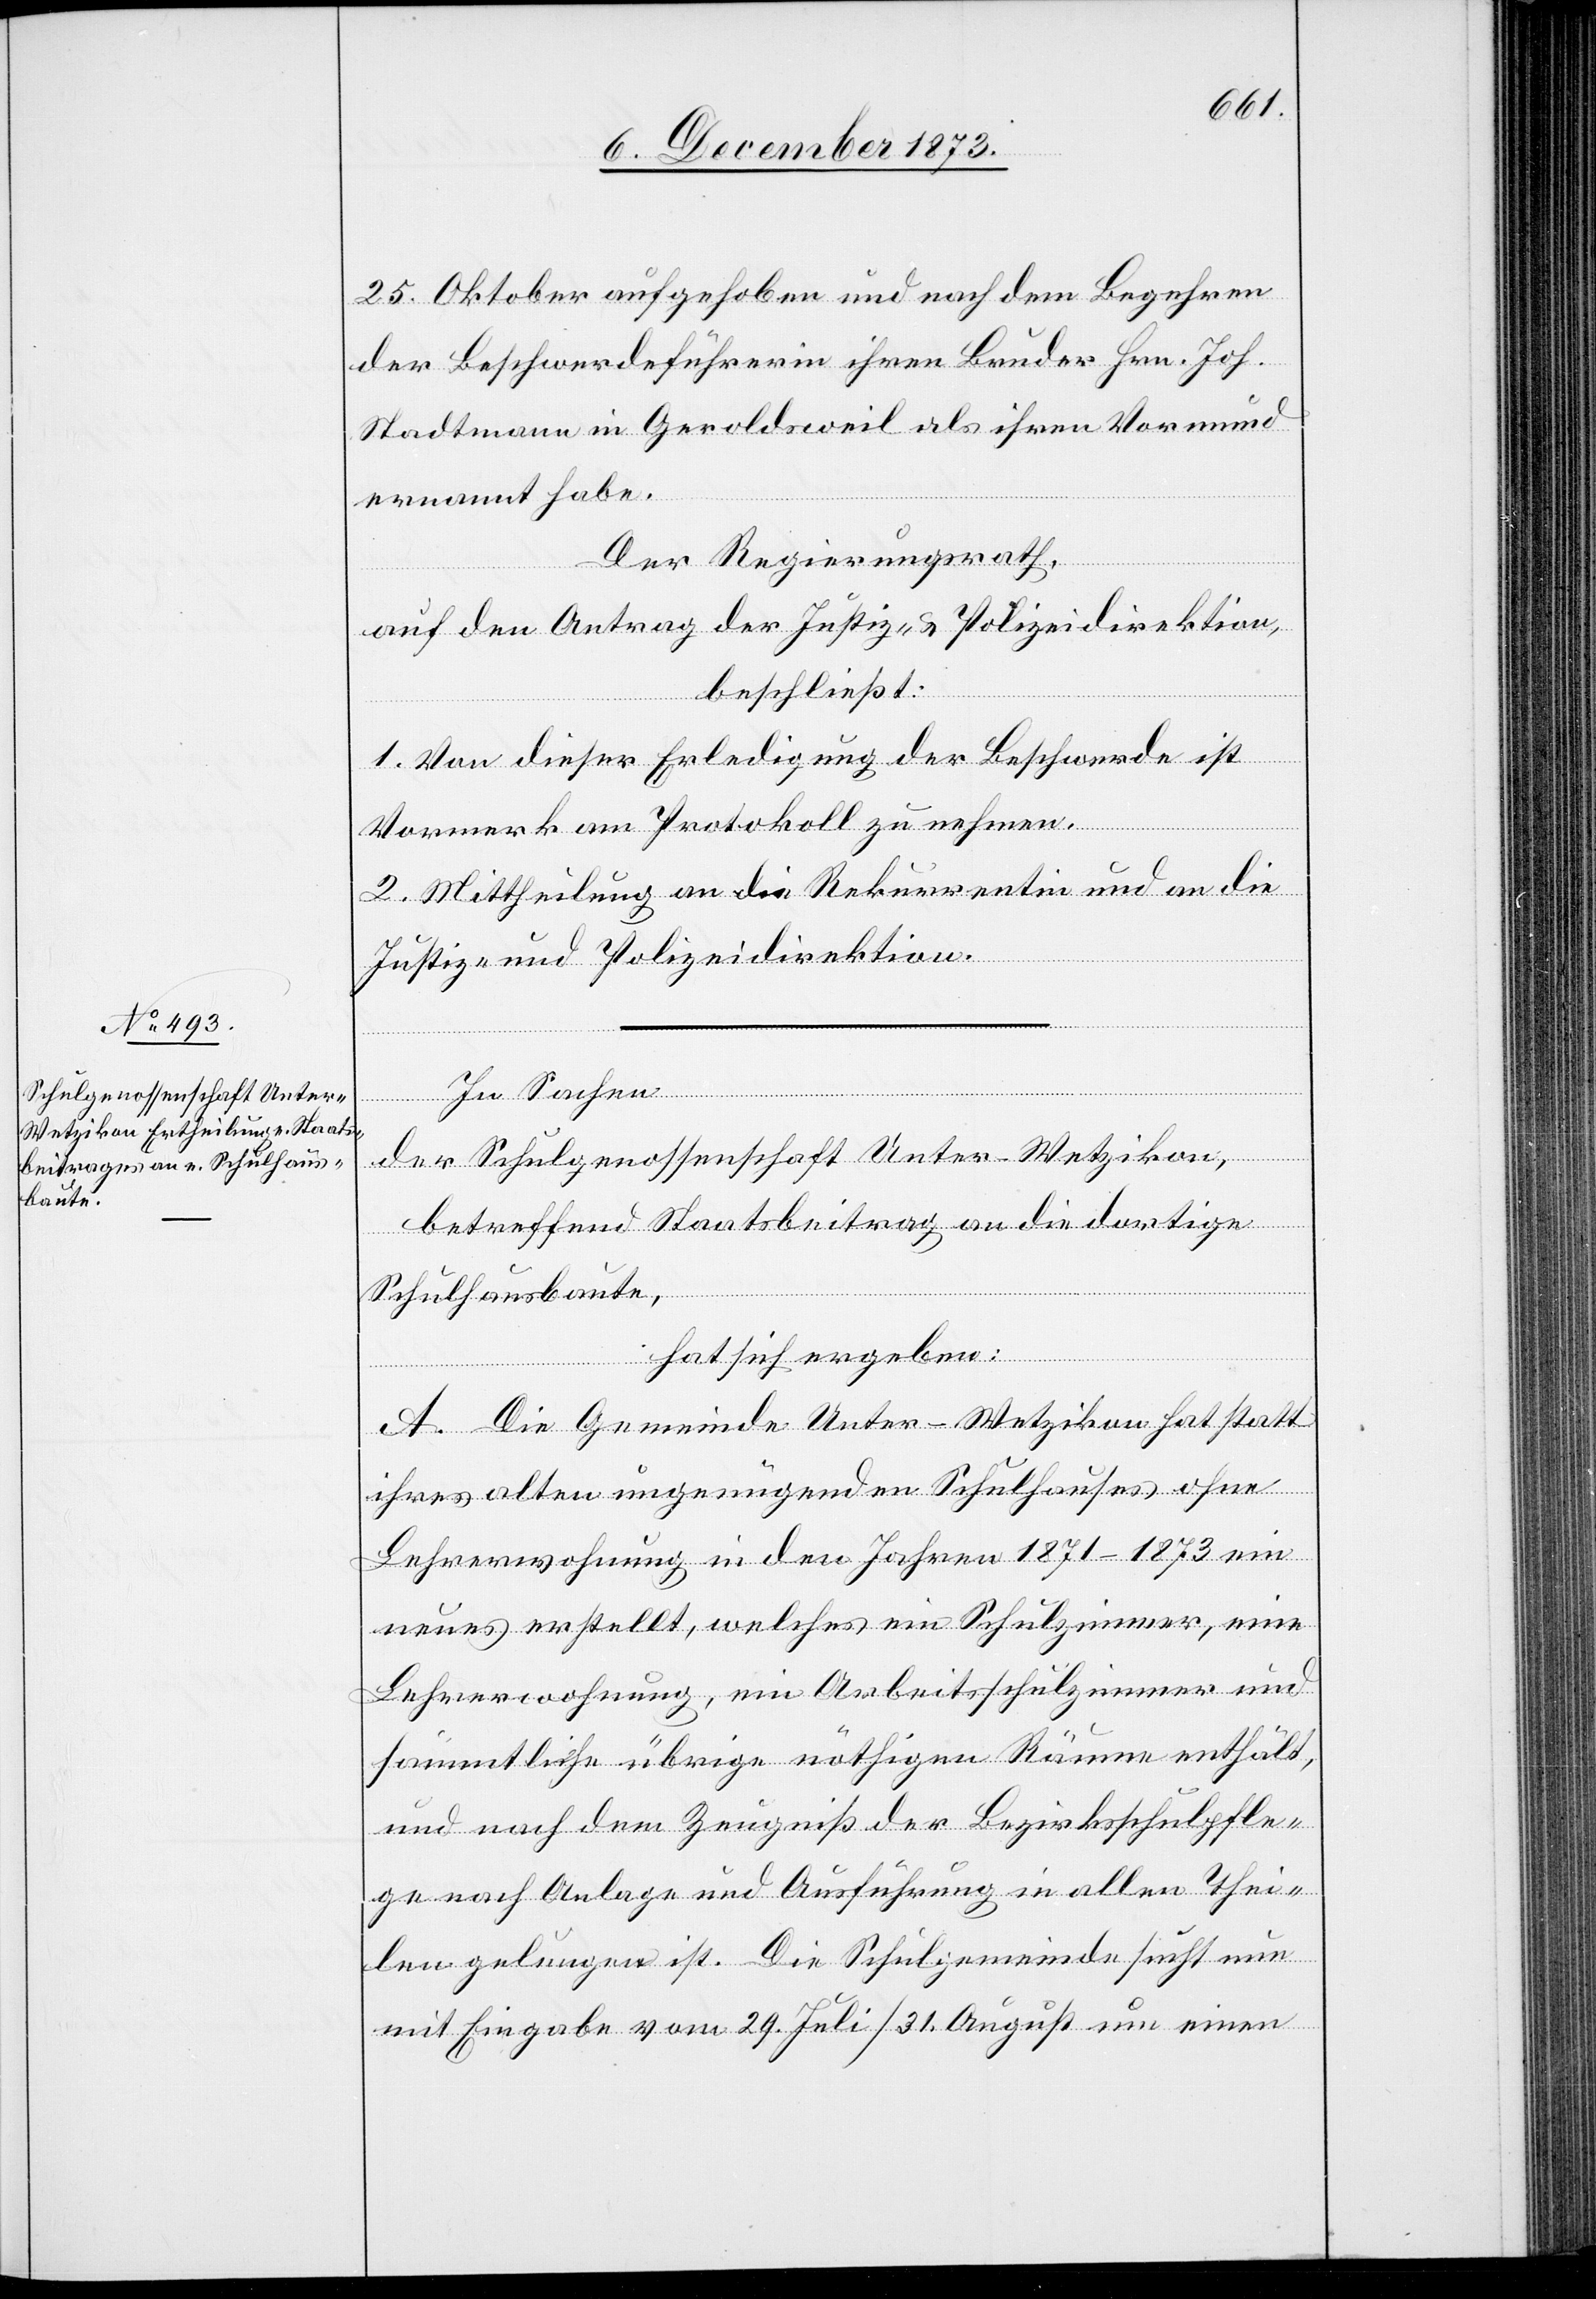
25. Oktober aufgehoben und nach dem Begehren
der Beschwerdeführerin ihren Bruder Hrn. Joh.
Stadtmann in Geroldsweil als ihren Vormund
ernannt habe.
Der Regierungsrath,
auf den Antrag der Justiz- & Polizeidirektion,
beschließt:
1. Von dieser Erledigung der Beschwerde ist
Vormerk am Protokoll zu nehmen.
2. Mittheilung an die Rekurrentin und an die
Justiz- und Polizeidirektion.
In Sachen
der Schulgenossenschaft Unter-Wetzikon,
betreffend Staatsbeitrag an die dortige
Schulhausbaute,
hat sich ergeben:
A. Die Gemeinde Unter-Wetzikon hat statt
ihres alten ungenügenden Schulhauses ohne
Lehrerwohnung in den Jahren 1871–1873 ein
neues erstellt, welches ein Schulzimmer, eine
Lehrerwohnung, ein Arbeitsschulzimmer und
sämmtliche übrige nöthigen Räume enthält,
und nach dem Zeugniß der Bezirksschulpfle¬
ge nach Anlage und Ausführung in allen Thei¬
len gelungen ist. Die Schulgemeinde sucht nun
mit Eingabe vom 29. Juli/31. August um einen